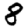
Digit: 8